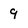
Character: 9